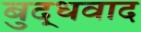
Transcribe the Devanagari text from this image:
बुद्धवाद